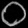
Digit: ၀